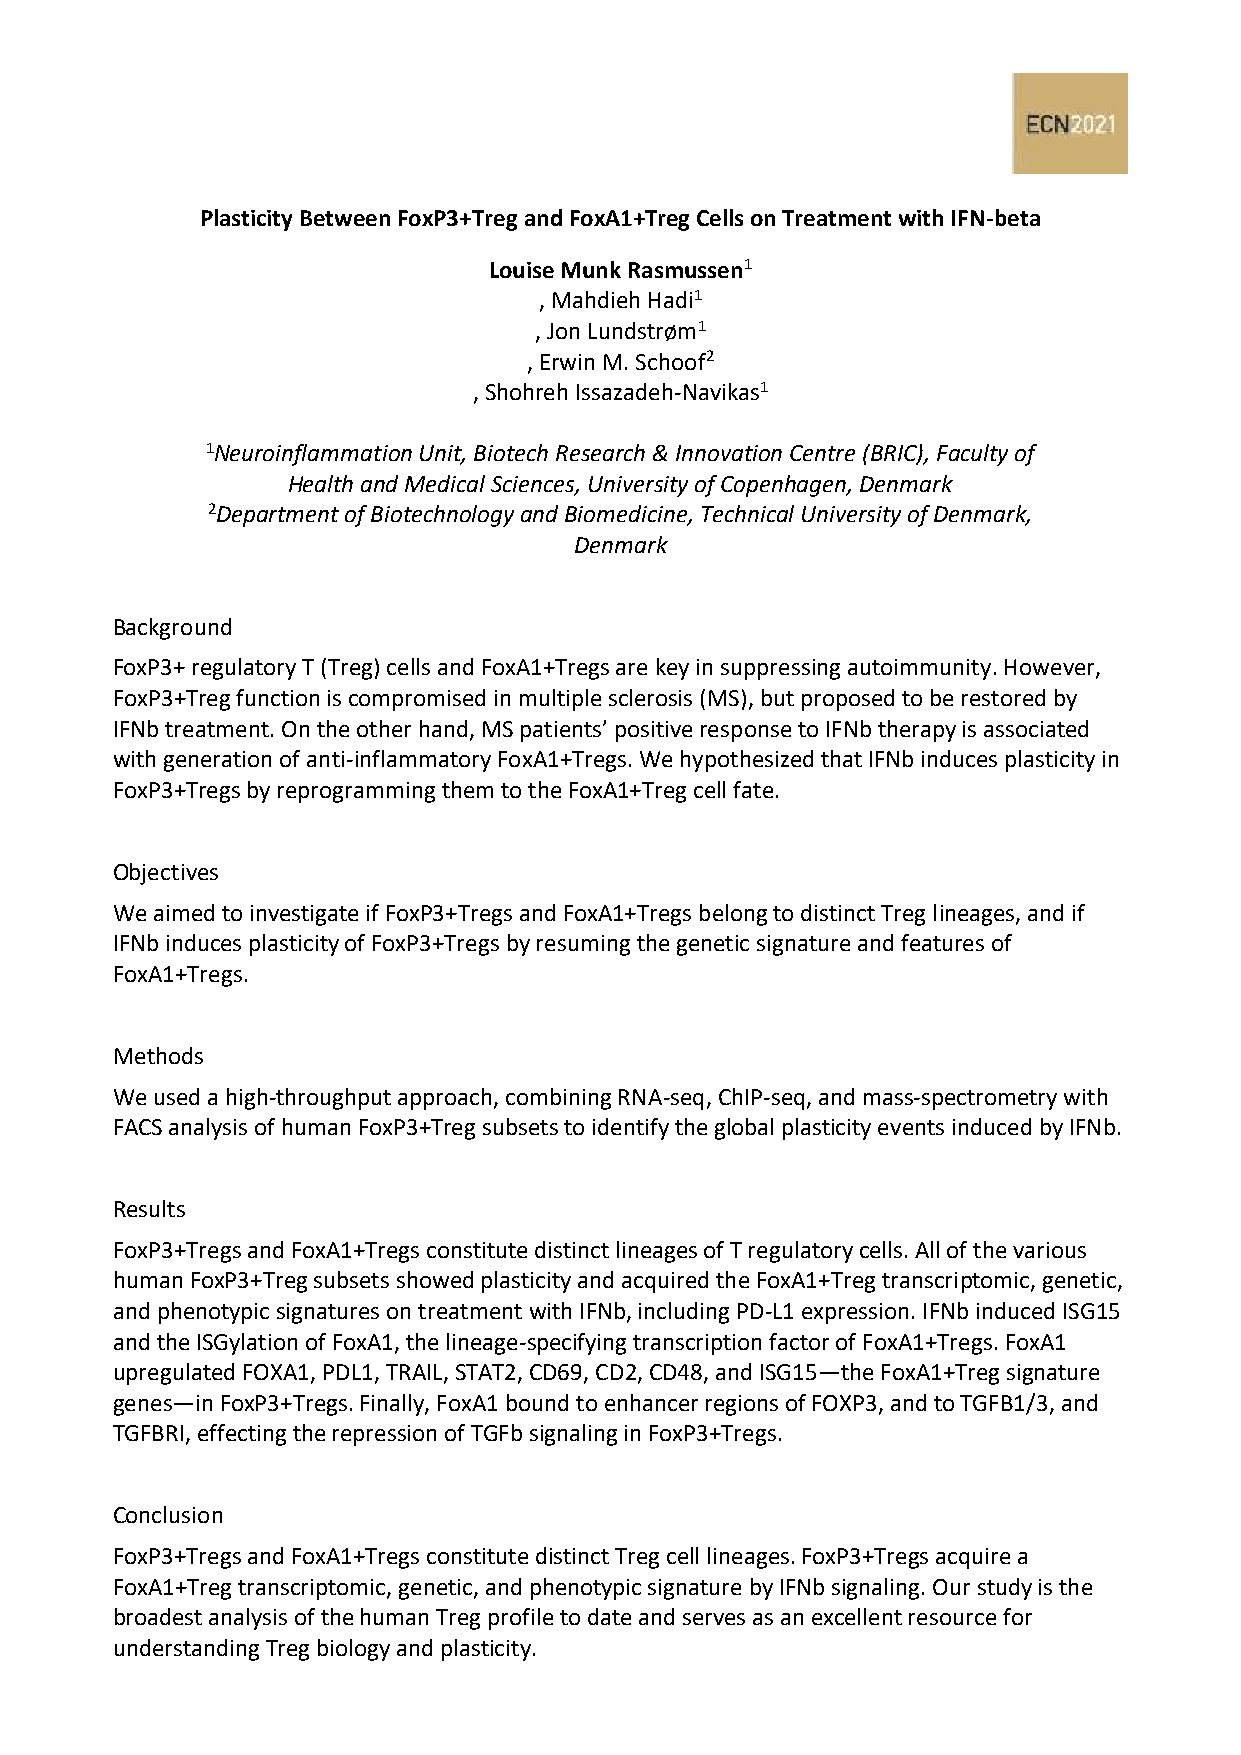
Plasticity Between FoxP3+Treg and FoxA1+Treg Cells on Treatment with IFN-beta
 Louise Munk Rasmussen1
 , Mahdieh Hadi1
 , Jon Lundstrøm1
 , Erwin M. Schoof2
 , Shohreh Issazadeh-Navikas1
 1Neuroinflammation Unit, Biotech Research & Innovation Centre (BRIC), Faculty of
 Health and Medical Sciences, University of Copenhagen, Denmark
 2Department of Biotechnology and Biomedicine, Technical University of Denmark,
 Denmark
 Background
 FoxP3+ regulatory T (Treg) cells and FoxA1+Tregs are key in suppressing autoimmunity. However,
 FoxP3+Treg function is compromised in multiple sclerosis (MS), but proposed to be restored by
 IFNb treatment. On the other hand, MS patients’ positive response to IFNb therapy is associated
 with generation of anti-inflammatory FoxA1+Tregs. We hypothesized that IFNb induces plasticity in
 FoxP3+Tregs by reprogramming them to the FoxA1+Treg cell fate.
 Objectives
 We aimed to investigate if FoxP3+Tregs and FoxA1+Tregs belong to distinct Treg lineages, and if
 IFNb induces plasticity of FoxP3+Tregs by resuming the genetic signature and features of
 FoxA1+Tregs.
 Methods
 We used a high-throughput approach, combining RNA-seq, ChIP-seq, and mass-spectrometry with
 FACS analysis of human FoxP3+Treg subsets to identify the global plasticity events induced by IFNb.
 Results
 FoxP3+Tregs and FoxA1+Tregs constitute distinct lineages of T regulatory cells. All of the various
 human FoxP3+Treg subsets showed plasticity and acquired the FoxA1+Treg transcriptomic, genetic,
 and phenotypic signatures on treatment with IFNb, including PD-L1 expression. IFNb induced ISG15
 and the ISGylation of FoxA1, the lineage-specifying transcription factor of FoxA1+Tregs. FoxA1
 upregulated FOXA1, PDL1, TRAIL, STAT2, CD69, CD2, CD48, and ISG15—the FoxA1+Treg signature
 genes—in FoxP3+Tregs. Finally, FoxA1 bound to enhancer regions of FOXP3, and to TGFB1/3, and
 TGFBRI, effecting the repression of TGFb signaling in FoxP3+Tregs.
 Conclusion
 FoxP3+Tregs and FoxA1+Tregs constitute distinct Treg cell lineages. FoxP3+Tregs acquire a
 FoxA1+Treg transcriptomic, genetic, and phenotypic signature by IFNb signaling. Our study is the
 broadest analysis of the human Treg profile to date and serves as an excellent resource for
 understanding Treg biology and plasticity.